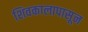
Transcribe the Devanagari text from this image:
शिवकालापासून